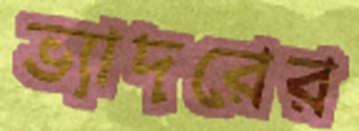
ভ্যাদরের